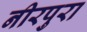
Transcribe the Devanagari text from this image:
नीरपुरा